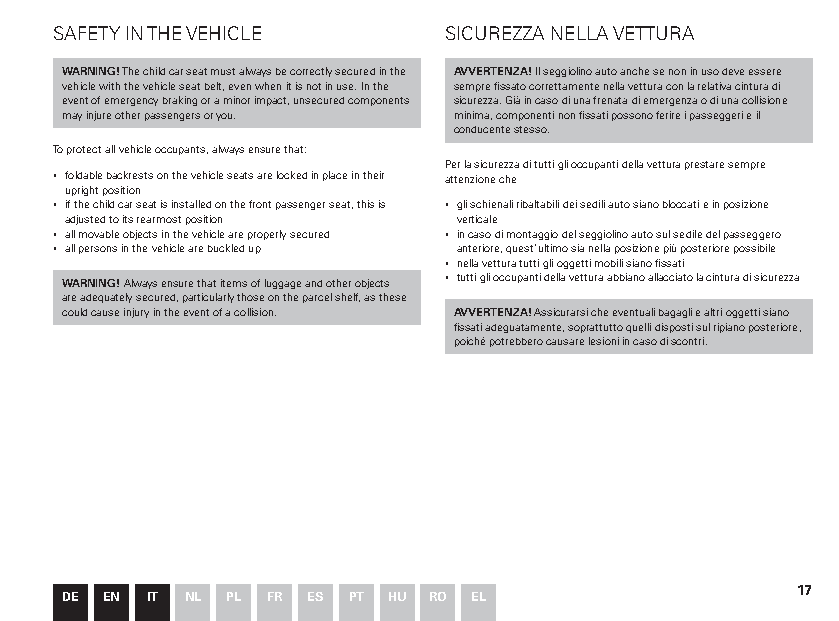
SAFETY IN THE VEHICLE    SICUREZZA NELLA VETTURA
 WARNING! The child car seat must always be correctly secured in the AVVERTENZA! Il seggiolino auto anche se non in uso deve essere
 vehicle with the vehicle seat belt, even when it is not in use. In the sempre fissato correttamente nella vettura con la relativa cintura di
 event of emergency braking or a minor impact, unsecured components sicurezza. Già in caso di una frenata di emergenza o di una collisione
 may injure other passengers or you. minima, componenti non fissati possono ferire i passeggeri e il
 conducente stesso.
 To protect all vehicle occupants, always ensure that:
 Per la sicurezza di tutti gli occupanti della vettura prestare sempre
 ▪ foldable backrests on the vehicle seats are locked in place in their attenzione che
 upright position
 ▪ if the child car seat is installed on the front passenger seat, this is ▪ gli schienali ribaltabili dei sedili auto siano bloccati e in posizione
 adjusted to its rearmost position verticale
 ▪ all movable objects in the vehicle are properly secured ▪ in caso di montaggio del seggiolino auto sul sedile del passeggero
 ▪ all persons in the vehicle are buckled up anteriore, quest’ultimo sia nella posizione più posteriore possibile
 ▪ nella vettura tutti gli oggetti mobili siano fissati
 WARNING! Always ensure that items of luggage and other objects ▪ tutti gli occupanti della vettura abbiano allacciato la cintura di sicurezza
 are adequately secured, particularly those on the parcel shelf, as these
 could cause injury in the event of a collision. AVVERTENZA! Assicurarsi che eventuali bagagli e altri oggetti siano
 fissati adeguatamente, soprattutto quelli disposti sul ripiano posteriore,
 poiché potrebbero causare lesioni in caso di scontri.
 17
 DE EN IT NL PL FR ES PT HU RO EL